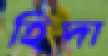
হিদা